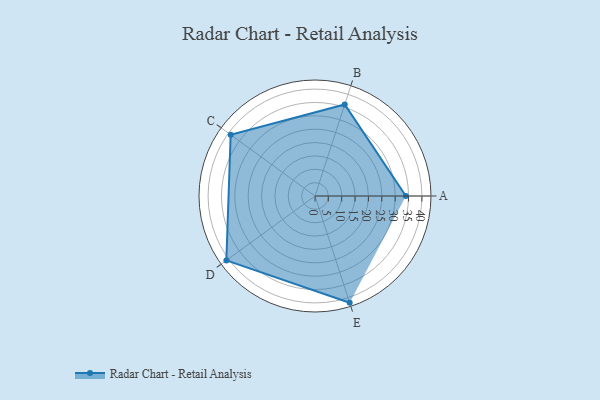
{"axis": {"x": "Skill", "y": "Score"}, "legend": ["Profile"], "data": [{"x": "A", "y": 34.0, "type": "Profile"}, {"x": "B", "y": 36.0, "type": "Profile"}, {"x": "C", "y": 39.0, "type": "Profile"}, {"x": "D", "y": 41.0, "type": "Profile"}, {"x": "E", "y": 42.0, "type": "Profile"}]}